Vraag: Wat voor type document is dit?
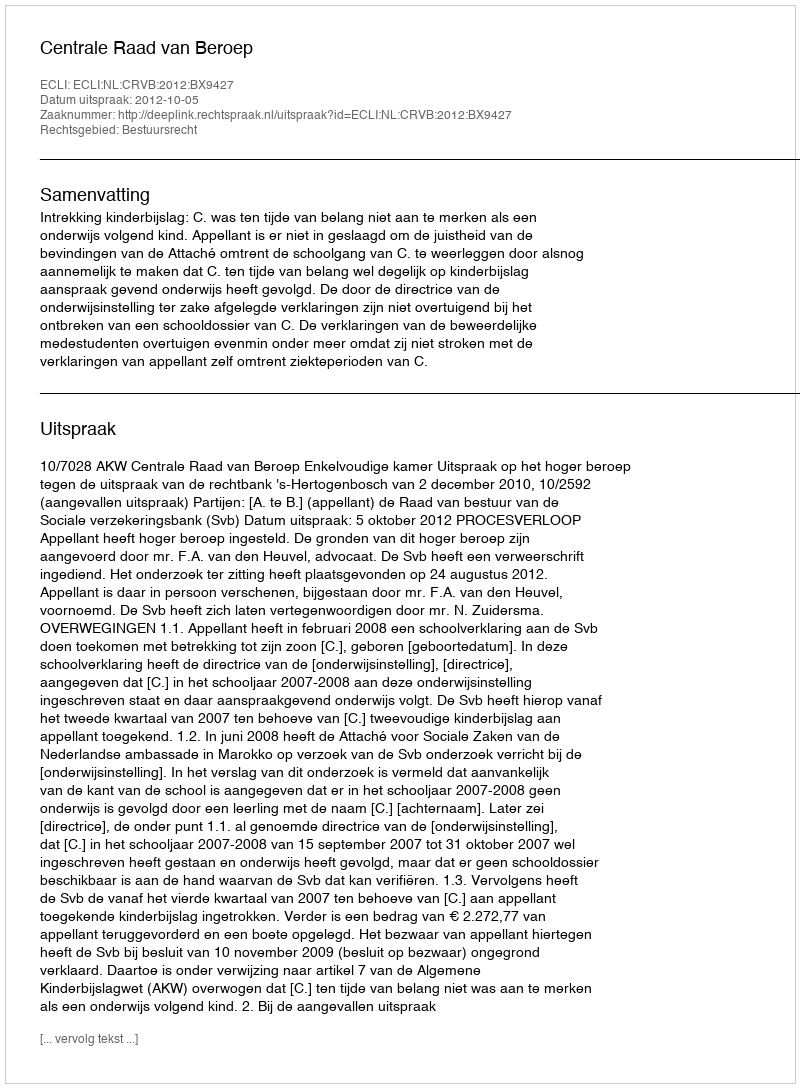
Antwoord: Uitspraak